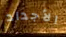
الأجداد